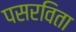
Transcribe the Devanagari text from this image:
पसरविता